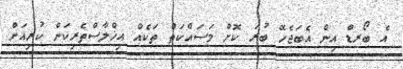
އެ ބޯރޑް އިން އެބަޖެހޭ ބުރަ ކޮށް މަސައްކަތް ތަކެއް އިޚްލާސްތެރިކަން ކުރިއަށް